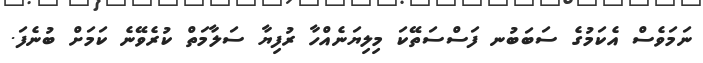
ނަމަވެސް އެކަމުގެ ސަބަބުނ ފަސްސަތޭކަ މިލިޔަނެއްހާ ރުފިޔާ ސަލާމަތް ކުރެވޭނެ ކަމަށް ބުނެފަ.